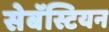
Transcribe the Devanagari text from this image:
सेबॅस्टियन